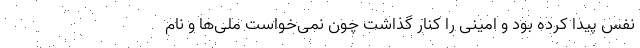
نفس پیدا کرده بود و امینی را کنار گذاشت چون نمی‌خواست ملی‌ها و نام